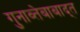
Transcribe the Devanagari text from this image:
गुनाव्तेबाबाद्त